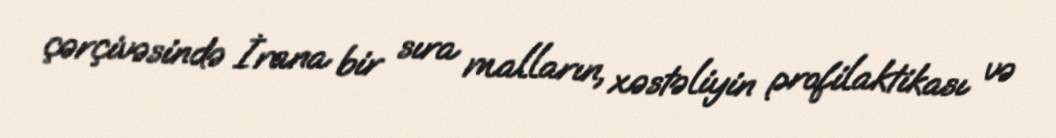
çərçivəsində İrana bir sıra malların, xəstəliyin profilaktikası və